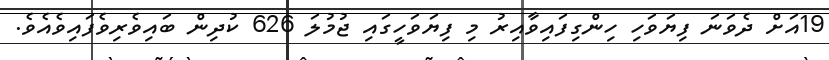
19އަށް ދެވަނަ ފިޔަވަހި ހިންގިފައިވާއިރު މި ފިޔަވަހީގައި ޖުމުލަ 626 ކުދިން ބައިވެރިވެފައިވެއެވެ.